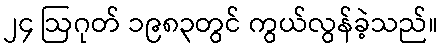
၂၄ ဩဂုတ် ၁၉၈၃တွင် ကွယ်လွန်ခဲ့သည်။